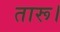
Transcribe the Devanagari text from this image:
तारू।